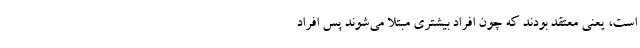
است، یعنی معتقد بودند که چون افراد بیشتری مبتلا می‌شوند پس افراد